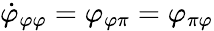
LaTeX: \dot{\varphi}_{\varphi\varphi}=\varphi_{\varphi\pi}=\varphi_{\pi\varphi}